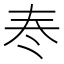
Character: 𡗫